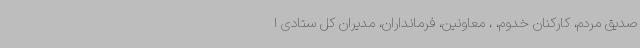
صدیق مردم، کارکنان خدوم، ، معاونین، فرمانداران، مدیران کل ستادی ا